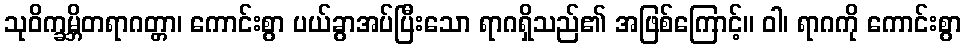
သုဝိက္ခမ္ဘိတရာဂတ္တာ၊ ကောင်းစွာ ပယ်ခွာအပ်ပြီးသော ရာဂရှိသည်၏ အဖြစ်ကြောင့်။ ဝါ၊ ရာဂကို ကောင်းစွာ